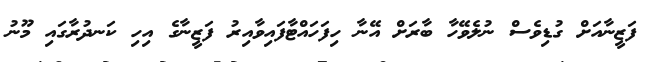
ފަޒީނާއަށް ގުޑިވެސް ނުލެވޭހާ ބާރަށް އޭނާ ހިފަހައްޓާފައިވާއިރު ފަޒީނާގެ އިހި ކަނދުރާގައި މޫނު